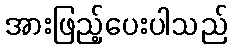
အားဖြည့်ပေးပါသည်